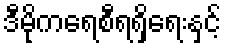
ဒီမိုကရေစီရရှိရေးနှင့်